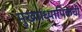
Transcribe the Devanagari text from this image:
मुख्याध्यापिकेची